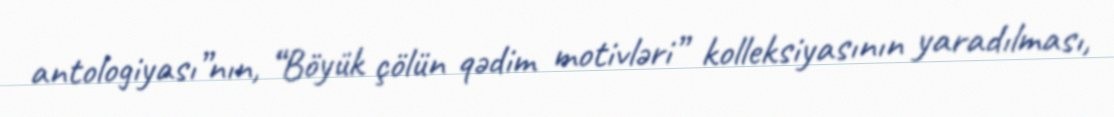
antologiyası”nın, “Böyük çölün qədim motivləri” kolleksiyasının yaradılması,